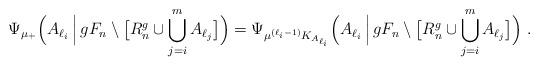
LaTeX: \begin{align*}\Psi_{\mu_+}\Big(A_{\ell_i}\,\Big|\,gF_n\setminus\big[R^g_n\cup\bigcup_{j=i}^m A_{\ell_j}\big]\Big) &=\Psi_{\mu^{(\ell_i-1)}K_{A_{\ell_i}}}\Big(A_{\ell_i}\,\Big|\,gF_n\setminus\big[R^g_n\cup\bigcup_{j=i}^m A_{\ell_j}\big]\Big) \;.\end{align*}